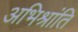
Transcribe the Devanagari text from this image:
अभिश्रांति